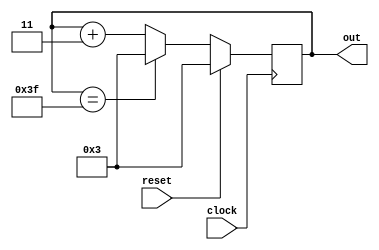
module plus3_Counter(clock,reset,out);
input clock, reset;
output [7:0] out;
reg [7:0] out;

always @(posedge clock)
begin
      if (reset)
      begin
            out = 8'd3;
      end

      else if (out == 8'd63)
      begin
            out = 8'd3;
      end
      
      else
      begin
            out = out + 8'd3;
      end
end

endmodule